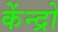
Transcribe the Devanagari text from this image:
केंन्द्रो